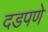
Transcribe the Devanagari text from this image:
दडपणे